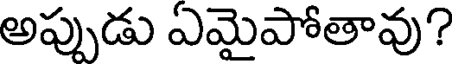
అప్పుడు ఏమైపోతావు?